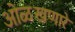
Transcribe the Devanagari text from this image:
ओळखणारे